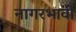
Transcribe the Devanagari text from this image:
नागरभावी